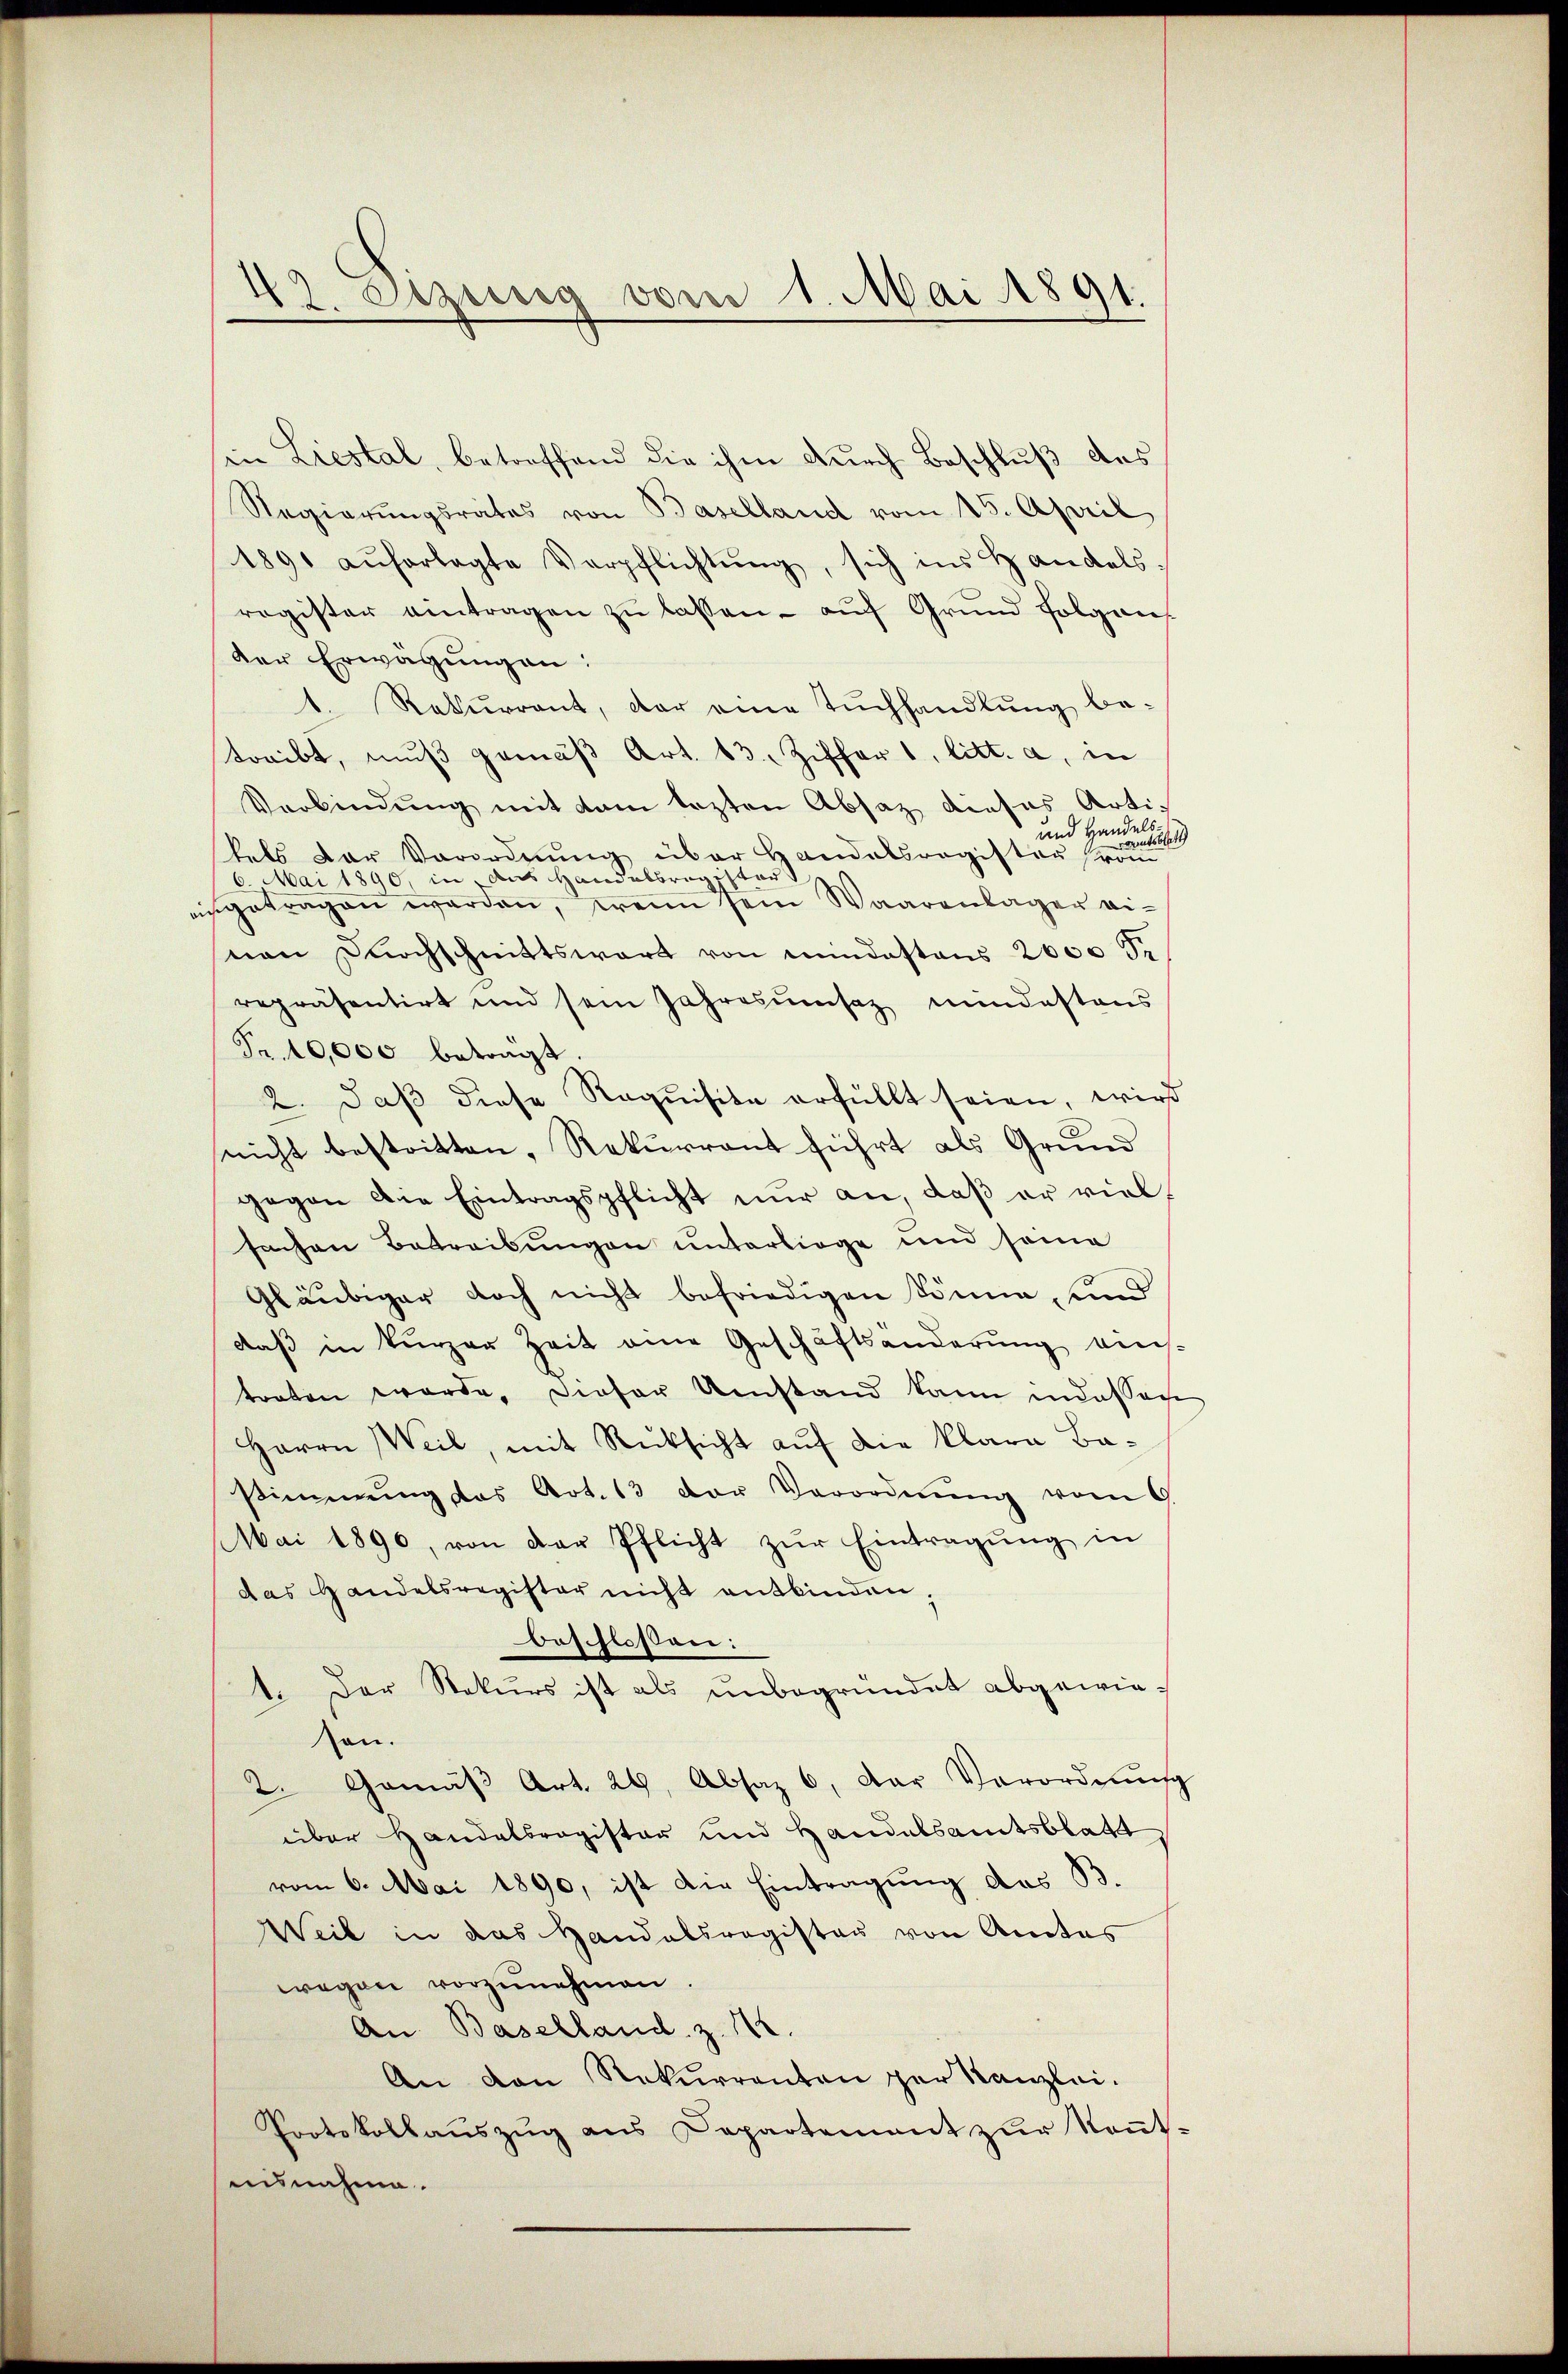
43. Dizung vom 1. Mai 1891.

in Liestal, betreffend die ihm durch Beschluß das
Regierŭngsrates von Baselland vom 15. April
1891 aŭforlagte Verpflichtŭng, sich ins Handels.
register eintragen zŭ lassen - aŭf Grund folgen
der Erwägungen:
1. Rekurrent, der eine Tŭchhandlŭng be-
treibt, muß gemäß Art. 13. Ziffer 1, litt. a, in
Verbindung mit dem lezten Absaz dieses Arti¬
und Handels.
outsbeit
tels der Verordnŭng über Bandelsregister vom
6. Mai 1890, in das Handabbra star
eingetragen werden, wenn sein Waarenlager einen Durchschnittswert von mindestens 2000 5.
repräsentirt und sein Jahresŭmsaz mindestens
Fr. 10,000 betragt.
2. daβ diese Requisite erfüllt seien, wird
nicht bestritten, Rekurrent führt als Grund
gegen die Eintragspflicht nur an, daß er vielsachen Betreibungen unterliege und seine
.
Gläubiger doch nicht befriedigen könne, und
daß in kurzer Zeit eine Geschäftsänderŭng ein-
traten worde, dieser Umstand kann indessen
Herrn Weil, mit Rücksicht auf die klara Bastimmung das Art. 13 der Verordnŭng vom 9.
Mai 1890, von der Pflicht zŭr Eintragung in
das Handelsregister nicht entbinden;
beschlossen:
1. Der Rekurs ist als unbegründet abgewiesen.
2. Gemäβ Art. 29. Absaz 6. Der Verordnŭng
über Handelsregister und Handelsamtsblatt
vom 6. Mai 1890, ist die Eintragung des B.
Weil in das Handelsregister von Amtes
wegen vorzunehmen
An Baselland. Z. 12.
An den Rekurrenten per Kanzlei.
Protokollauszug aus Departement zur Kennt-
ausnahme.